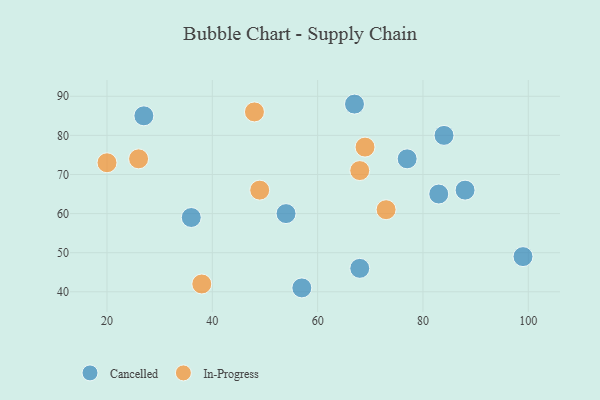
{"axis": {"x": "GDP", "y": "Life Expectancy"}, "legend": ["Cancelled", "In-Progress"], "data": [{"x": "77", "y": 74, "type": "Cancelled"}, {"x": "27", "y": 85, "type": "Cancelled"}, {"x": "67", "y": 88, "type": "Cancelled"}, {"x": "36", "y": 59, "type": "Cancelled"}, {"x": "83", "y": 65, "type": "Cancelled"}, {"x": "88", "y": 66, "type": "Cancelled"}, {"x": "57", "y": 41, "type": "Cancelled"}, {"x": "68", "y": 46, "type": "Cancelled"}, {"x": "54", "y": 60, "type": "Cancelled"}, {"x": "84", "y": 80, "type": "Cancelled"}, {"x": "99", "y": 49, "type": "Cancelled"}, {"x": "69", "y": 77, "type": "In-Progress"}, {"x": "48", "y": 86, "type": "In-Progress"}, {"x": "26", "y": 74, "type": "In-Progress"}, {"x": "20", "y": 73, "type": "In-Progress"}, {"x": "73", "y": 61, "type": "In-Progress"}, {"x": "49", "y": 66, "type": "In-Progress"}, {"x": "68", "y": 71, "type": "In-Progress"}, {"x": "38", "y": 42, "type": "In-Progress"}]}